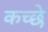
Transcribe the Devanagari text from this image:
कच्छे